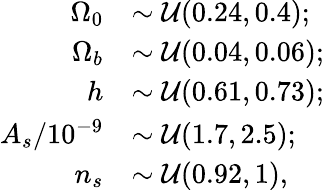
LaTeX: \begin{array}{rl}{\Omega_{0}}&{\sim\mathcal{U}(0.24,0.4);}\\ {\Omega_{b}}&{\sim\mathcal{U}(0.04,0.06);}\\ {h}&{\sim\mathcal{U}(0.61,0.73);}\\ {A_{s}/10^{-9}}&{\sim\mathcal{U}(1.7,2.5);}\\ {n_{s}}&{\sim\mathcal{U}(0.92,1),}\end{array}